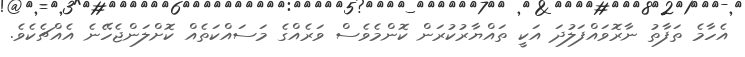
އެހާމެ ތަފާތު ނާރޮވައްފަލުދަ އަކީ ތައްޔާރުކުރަން ކޮންމެވެސް ވަރެއްގެ މަސައްކަތެއް ކޮށްލަންޖެހޭނެ އެއްޗެކެވެ.